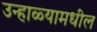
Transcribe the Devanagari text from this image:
उन्हाळ्यामधील